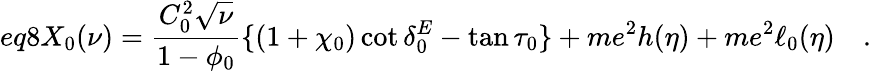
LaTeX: eq8X_{0}(\nu)=\frac{C_{0}^{2}\sqrt{\nu}}{1-\phi_{0}}\{ (1+\chi_{0})\cot\delta_{0}^{E}-\tan\tau_{0}\} +me^{2}h(\eta)+me^{2}\ell_{0}(\eta)\quad.